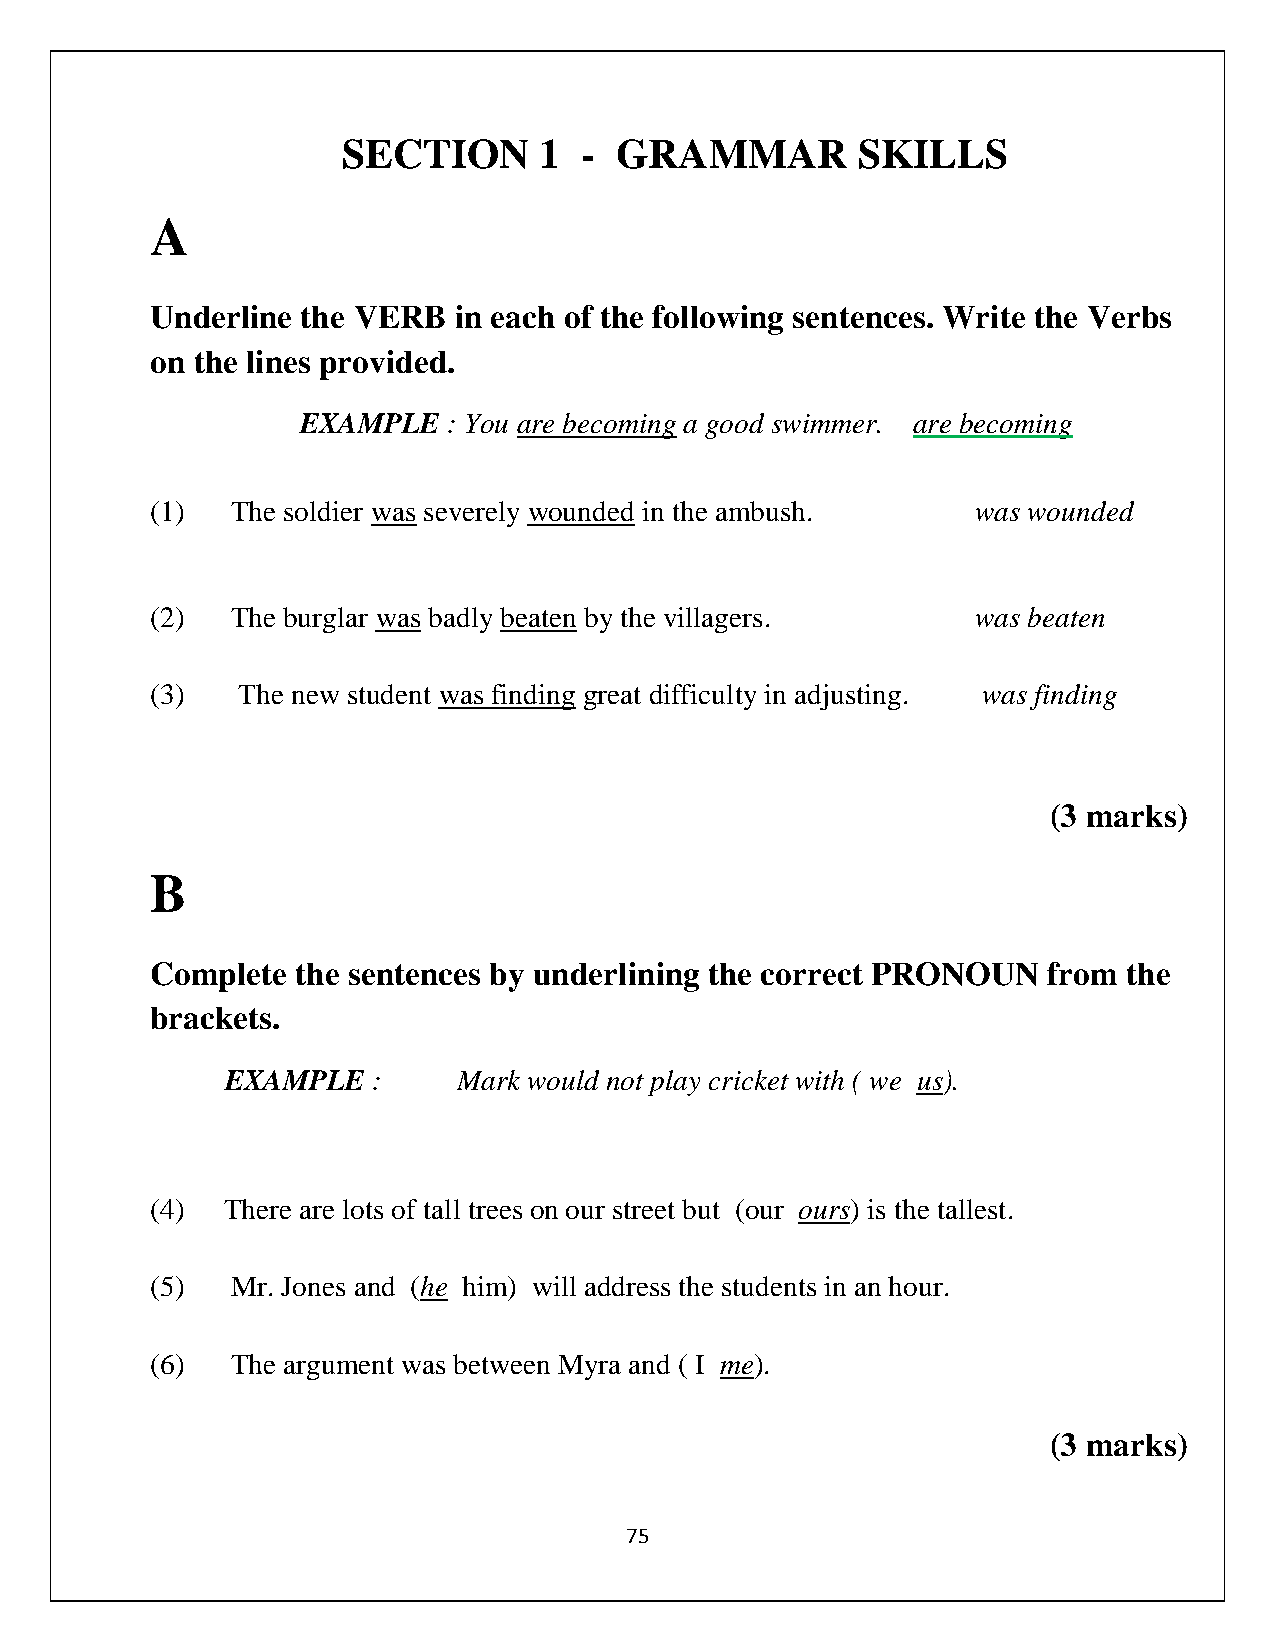
SECTION      1 -  GRAMMAR         SKILLS
 A
 Underline the VERB  in each of the following sentences. Write the Verbs
 on the lines provided.
 EXAMPLE   : You are becoming a good swimmer. are becoming
 (1)  The soldier was severely wounded in the ambush.   was wounded
 (2)  The burglar was badly beaten by the villagers.    was beaten
 (3)   The new student was finding great difficulty in adjusting. was finding
 (3 marks)
 B
 Complete  the sentences by underlining the correct PRONOUN from  the
 brackets.
 EXAMPLE   :    Mark would not play cricket with ( we us).
 (4)  There are lots of tall trees on our street but (our ours) is the tallest.
 (5)  Mr. Jones and (he him) will address the students in an hour.
 (6)  The argument was between Myra and ( I me).
 (3 marks)
 75